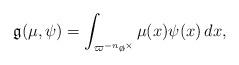
LaTeX: \begin{align*} \mathfrak{g}(\mu, \psi) = \int_{\varpi^{-n} \o^{\times}} \mu(x) \psi(x) \, dx,\end{align*}